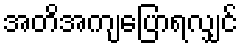
အတိအကျပြောရလျှင်